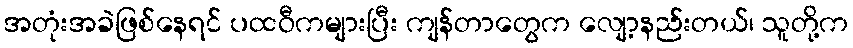
အတုံးအခဲဖြစ်နေရင် ပထဝီကများပြီး ကျန်တာတွေက လျော့နည်းတယ်၊ သူတို့က